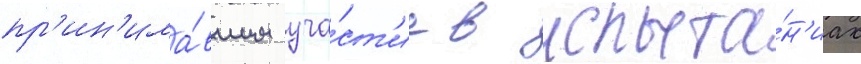
пр'ин'има́вшим уча́ст'ие в испыта́н'иах